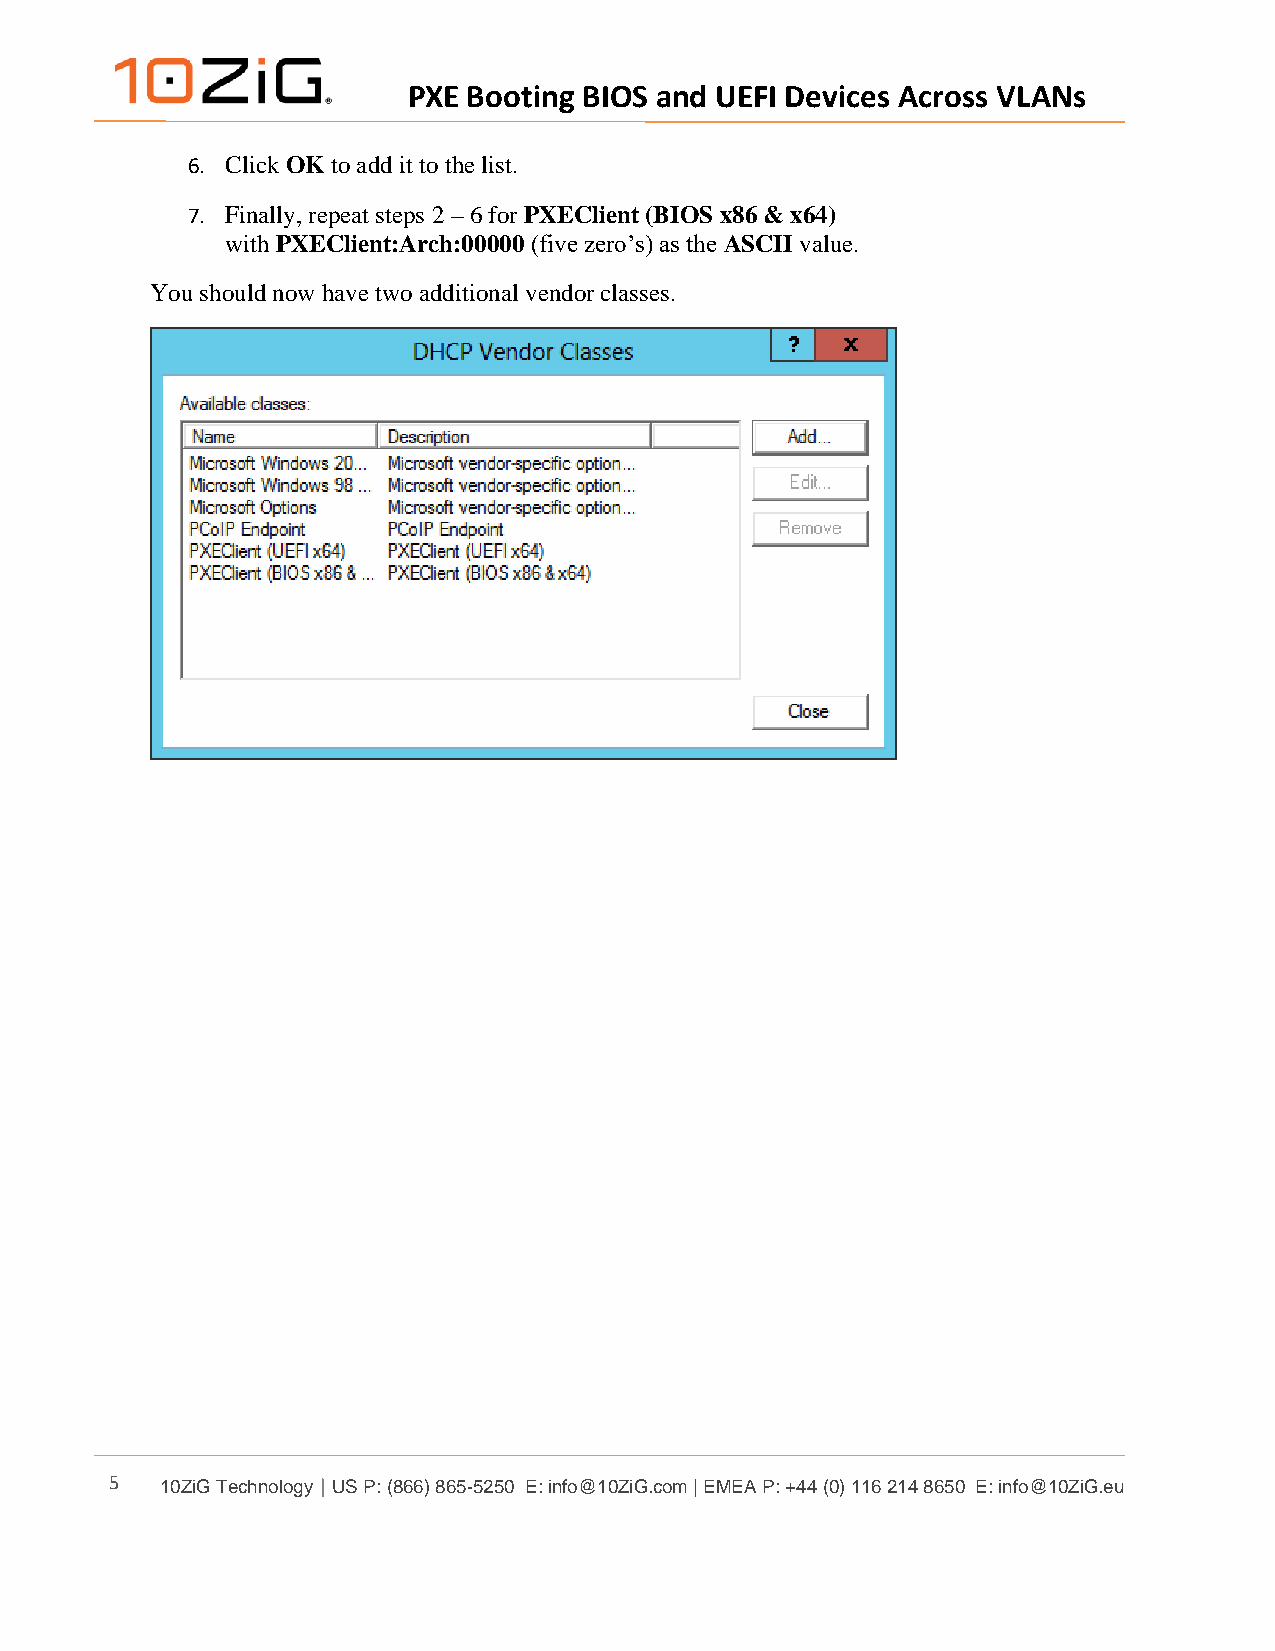
PXE Booting BIOS and UEFI Devices Across VLANs
 6. Click OK to add it to the list.
 7. Finally, repeat steps 2 – 6 for PXEClient (BIOS x86 & x64)
 with PXEClient:Arch:00000 (five zero’s) as the ASCII value.
 You should now have two additional vendor classes.
 5   10ZiG Technology | US P: (866) 865-5250 E: info@10ZiG.com | EMEA P: +44 (0) 116 214 8650 E: info@10ZiG.eu